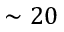
\sim 2 0